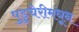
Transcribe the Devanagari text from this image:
पुडुचेरीमधून